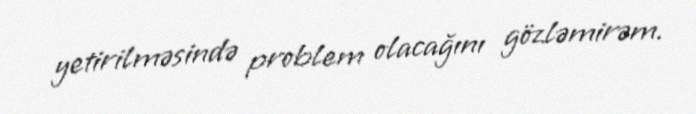
yetirilməsində problem olacağını gözləmirəm.